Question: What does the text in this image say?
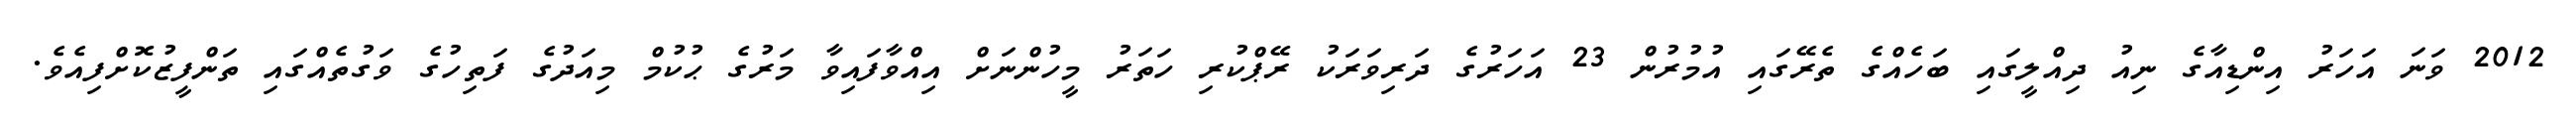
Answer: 2012 ވަނަ އަހަރު އިންޑިއާގެ ނިއު ދިއްލީގައި ބަހެއްގެ ތެރޭގައި އުމުރުން 23 އަހަރުގެ ދަރިވަރަކު ރޭޕްކުރި ހަތަރު މީހުންނަށް އިއްވާފައިވާ މަރުގެ ޙުކުމް މިއަދުގެ ފަތިހުގެ ވަގުތެއްގައި ތަންފީޒުކޮށްފިއެވެ.